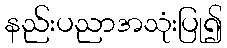
နည်းပညာအသုံးပြု၍